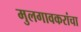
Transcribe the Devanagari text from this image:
मुलगावकरांचा